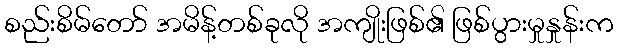
စည်းစိမ်တော် အမိန့်တစ်ခုလို အကျိုးဖြစ်၏ ဖြစ်ပွားမှုနှုန်းက